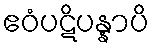
ဧဝံပဋိပန္နာပိ